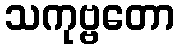
သကုဗ္ဗတော